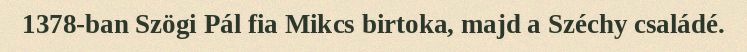
1378-ban Szögi Pál fia Mikcs birtoka, majd a Széchy családé.